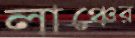
লাঞ্চের